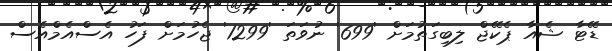
ޑޭޓާ ޝެއާ ޕެކޭޖް ލިބިގަތުމަށް '699' ނުވަތަ '1299' ޖެހުމަށް ފަހު އެސްއެމްއެސް